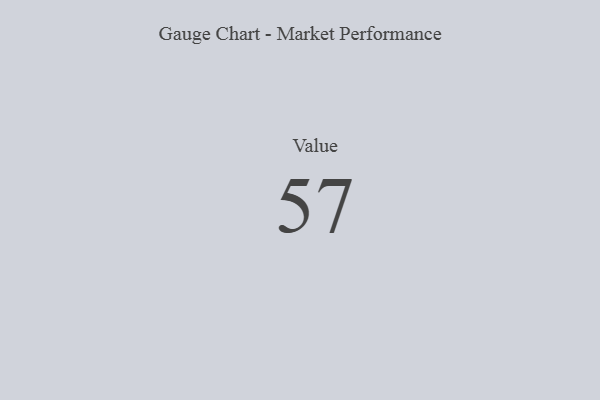
{"axis": {"x": "Metric", "y": "Value"}, "legend": [""], "data": [{"x": "Value", "y": 57, "type": ""}]}